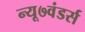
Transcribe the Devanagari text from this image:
न्यू७वंडर्स